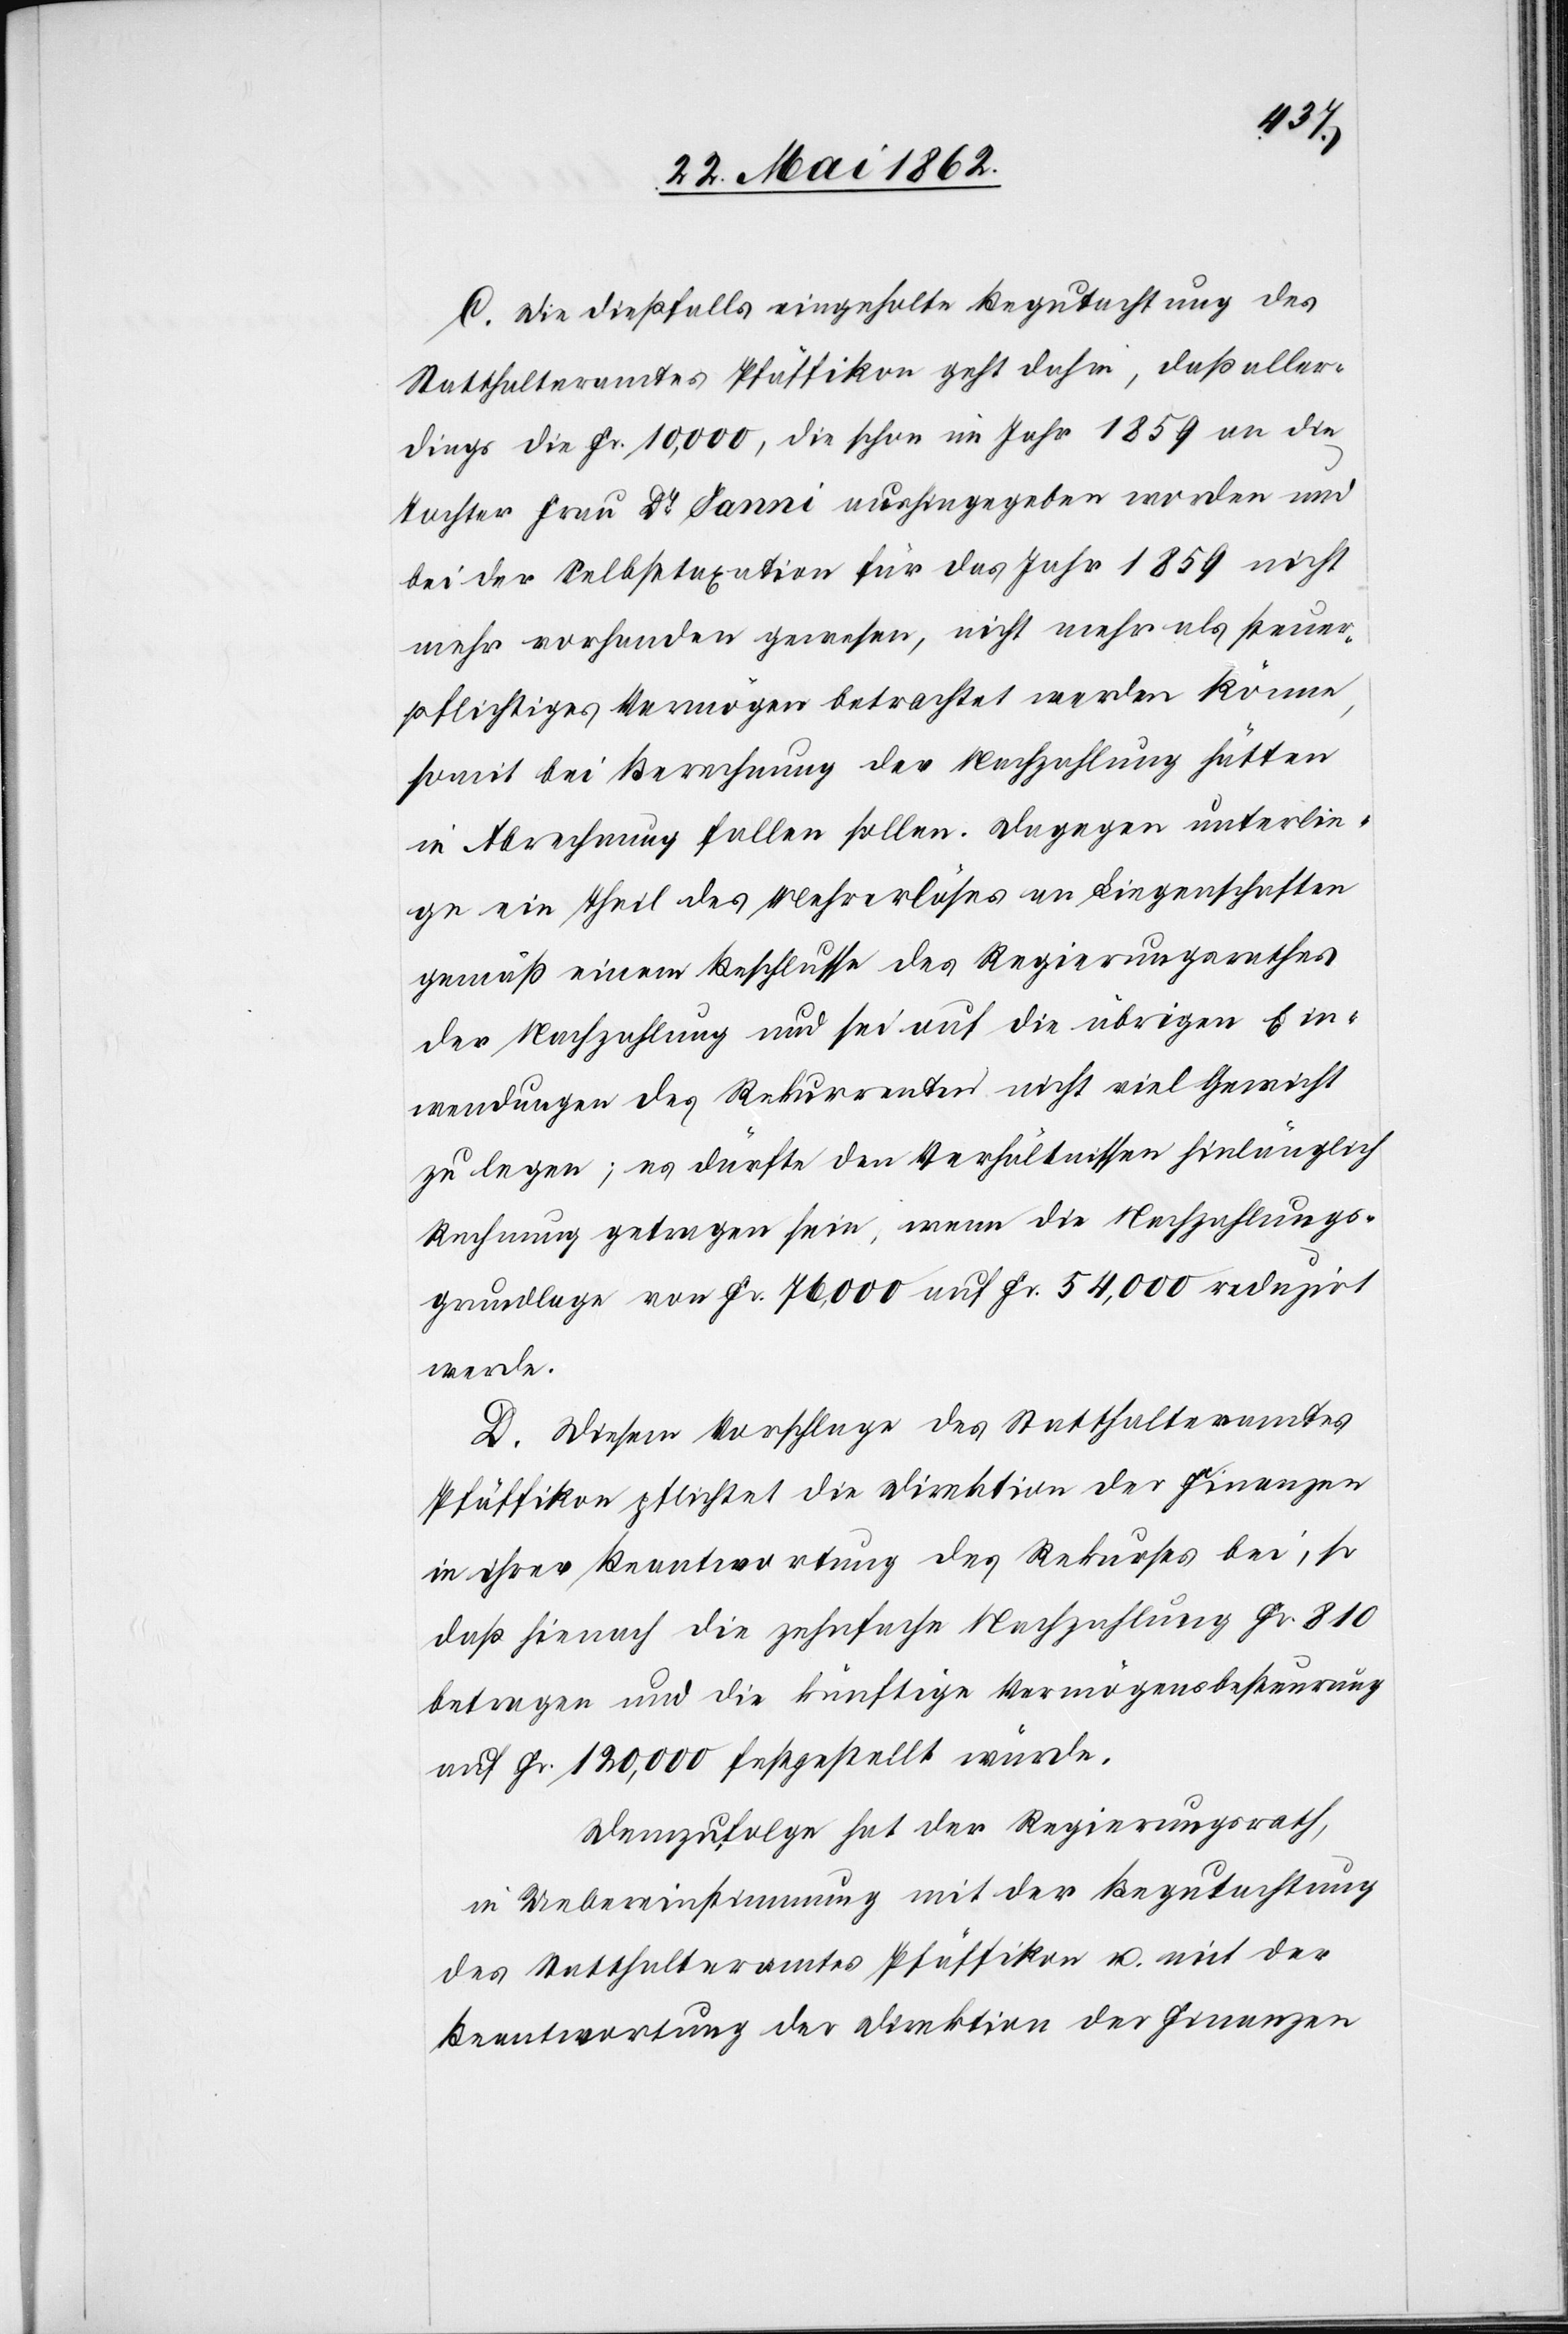
C. Die dießfalls eingeholte Begutachtung des
Statthalteramtes Pfäffikon geht dahin, daß aller¬
dings die Fr. 10,000, die schon im Jahr 1859 an die
Tochter Frau Dr. Janni aushingegeben worden und
bei der Selbsttaxation für das Jahr 1859 nicht
mehr vorhanden gewesen, nicht mehr als steuer¬
pflichtiges Vermögen betrachtet werden könne,
somit bei Berechnung der Nachzahlung hätten
in Abrechnung fallen sollen. Dagegen unterlie¬
ge ein Theil des Mehrerlöses an Liegenschaften
gemäß einem Beschlusse des Regierungsrathes
der Nachzahlung und sei auf die übrigen Ein¬
wendungen des Rekurrenten nicht viel Gewicht
zu legen; es dürfte den Verhältnissen hinlänglich
Rechnung getragen sein, wenn die Nachzahlungs¬
grundlage von Fr. 76,000 auf Fr. 54,000 reduzirt
werde.
D. Diesem Vorschlage des Statthalteramtes
Pfäffikon pflichtet die Direktion der Finanzen
in ihrer Beantwortung des Rekurses bei, so
daß hienach die zehnfache Nachzahlung Fr. 810
betragen und die künftige Vermögensbesteurung
auf Fr. 120,000 festgestellt würde.
Demzufolge hat der Regierungsrath,
in Uebereinstimmung mit der Begutachtung
des Statthalteramtes Pfäffikon u. mit der
Beantwortung der Direktion der Finanzen